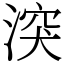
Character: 湥